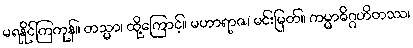
မရနိုင်ကြကုန်။ တသ္မာ၊ ထို့ကြောင့်။ မဟာရာဇ၊ မင်းမြတ်။ ကမ္မာဓိဂ္ဂဟိတဿ၊